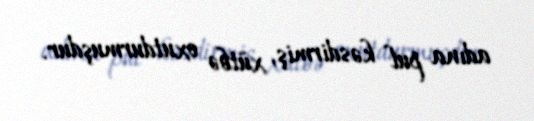
adına pul kəsdirmiş, xütbə oxutdurmuşdur.